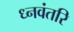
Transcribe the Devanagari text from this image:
ध्नवंतरि